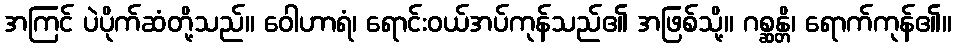
အကြင် ပဲပိုက်ဆံတို့သည်။ ဝေါဟာရံ၊ ရောင်းဝယ်အပ်ကုန်သည်၏ အဖြစ်သို့။ ဂစ္ဆန္တိ၊ ရောက်ကုန်၏။